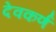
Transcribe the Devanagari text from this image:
देवकर्ण